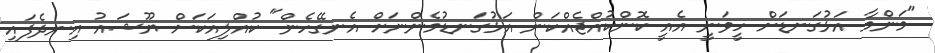
"މަންމާ އަޅުގަނޑަށް ހީވަނީ އެއީ ކޮންކުއްޖެއްކަން އަޅުގަނޑުމެންނަށް އެނގޭހެން" ކުއްލިއަކަށް ޔޫޝައު އިނދެފައި